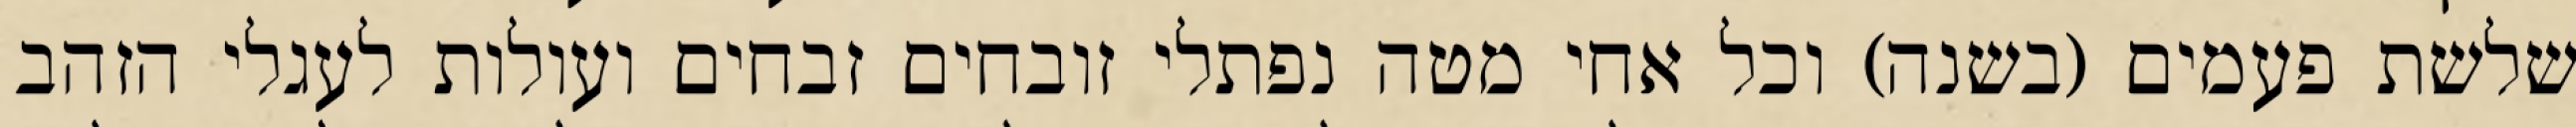
שלשת פעמים (בשנה) וכל אחי מטה נפתלי זובחים זבחים ועולות לעגלי הזהב